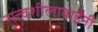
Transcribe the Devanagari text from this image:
सत्त्वशीलाबाईंनी